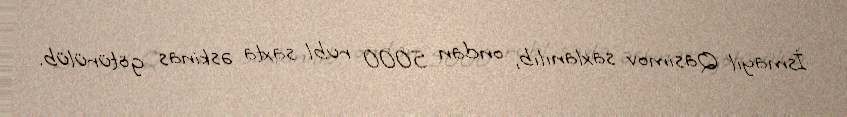
İsmayıl Qasımov saxlanılıb, ondan 5000 rubl saxta əskinas götürülüb.